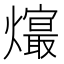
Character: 𤑧